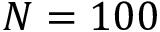
N = 1 0 0